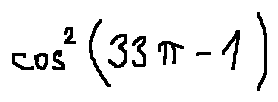
\cos ^ { 2 } ( 3 3 \pi - 1 )